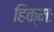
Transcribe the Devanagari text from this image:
हिक्मः